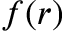
f ( r )